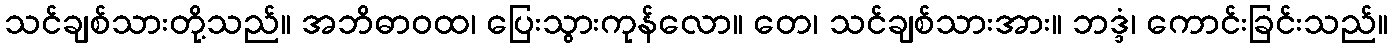
သင်ချစ်သားတို့သည်။ အဘိဓာဝထ၊ ပြေးသွားကုန်လော။ တေ၊ သင်ချစ်သားအား။ ဘဒ္ဒံ၊ ကောင်းခြင်းသည်။